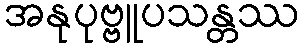
အနုပုဗ္ဗူပသန္တဿ